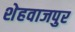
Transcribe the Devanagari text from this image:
शेहवाजपुर